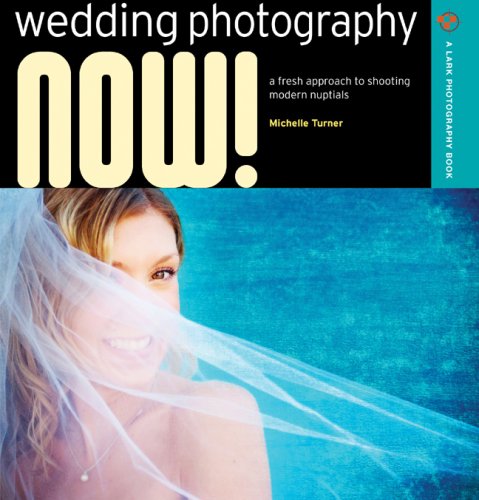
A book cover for Wedding Photography NOW!: A Fresh Approach to Shooting Modern Nuptials (A Lark Photography Book); Michelle Turner; Crafts, Hobbies & Home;